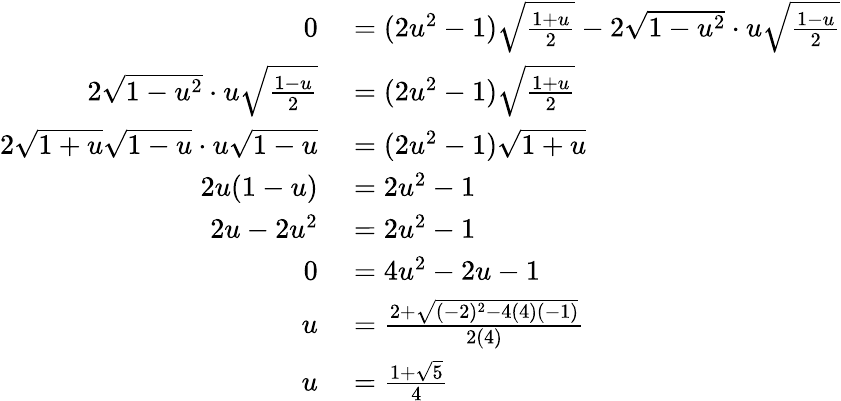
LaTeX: \begin{array}{rl}{0}&{{}{}=(2u^{2}-1){\sqrt{\frac{1+u}{2}}}-2{\sqrt{1-u^{2}}}\cdot u{\sqrt{\frac{1-u}{2}}}}\\ {2{\sqrt{1-u^{2}}}\cdot u{\sqrt{\frac{1-u}{2}}}}&{{}{}=(2u^{2}-1){\sqrt{\frac{1+u}{2}}}}\\ {2{\sqrt{1+u}}{\sqrt{1-u}}\cdot u{\sqrt{1-u}}}&{{}{}=(2u^{2}-1){\sqrt{1+u}}}\\ {2u(1-u)}&{{}{}=2u^{2}-1}\\ {2u-2u^{2}}&{{}{}=2u^{2}-1}\\ {0}&{{}{}=4u^{2}-2u-1}\\ {u}&{{}{}={\frac{2+{\sqrt{(-2)^{2}-4(4)(-1)}}}{2(4)}}}\\ {u}&{{}{}={\frac{1+{\sqrt{5}}}{4}}}\end{array}